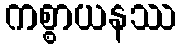
ကစ္စာယနဿ